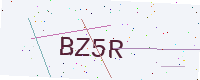
Text: BZ5R